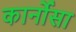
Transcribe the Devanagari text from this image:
कार्नोसा